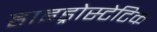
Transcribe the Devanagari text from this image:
हाइड्रोस्टेटिक